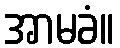
အာမခံ။